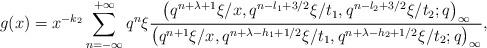
LaTeX: \begin{align*}g (x)= x ^{-k_2} \sum_{n=-\infty}^{+\infty} q^n\xi\frac{\big(q^{n + \lambda +1} \xi / x, q^{n- l_1 + 3/2} \xi /t_1, q^{n-l_2 +3/2} \xi /t_2 ; q\big)_{\infty}}{\big(q^{n+1} \xi / x, q^{n + \lambda -h_1 +1/2} \xi /t_1, q^{n + \lambda -h_2 +1/2} \xi /t_2 ; q\big)_{\infty}}, \end{align*}